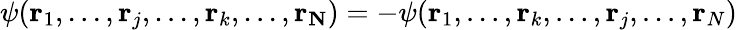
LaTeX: \psi(\mathbf{r}_{1},...,\mathbf{r}_{j},...,\mathbf{r}_{k},...,\mathbf{r_{N}})=-\psi(\mathbf{r}_{1},...,\mathbf{r}_{k},...,\mathbf{r}_{j},...,\mathbf{r}_{N})